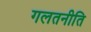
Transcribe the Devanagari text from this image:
गलतनीति